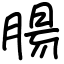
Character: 腸